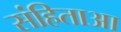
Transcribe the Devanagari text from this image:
संहिताआ